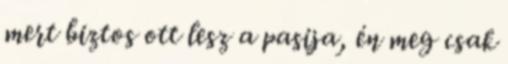
mert biztos ott lesz a pasija, én meg csak